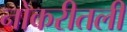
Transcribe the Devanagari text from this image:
नोकरीतली